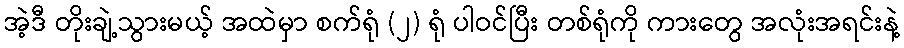
အဲ့ဒီ တိုးချဲ့သွားမယ့် အထဲမှာ စက်ရုံ (၂) ရုံ ပါဝင်ပြီး တစ်ရုံကို ကားတွေ အလုံးအရင်းနဲ့